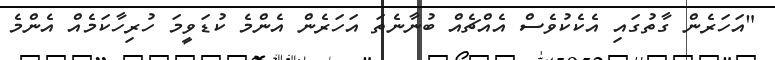
"އަހަރެން ގާތުގައި އެކެކުވެސް އެއްޗެއް ބުނާނެތަ އަހަރެން އެންމެ ކުޑަވީމަ ހުރިހާކަމެއް އެންމެ